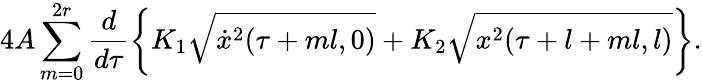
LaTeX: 4A\sum_{m=0}^{2r}\frac{d}{d\tau}\left\{ K_{1}\sqrt{\dot{x}^{2}(\tau+ml,0)}+K_{2}\sqrt{x^{2}(\tau+l+ml,l)}\right\} .